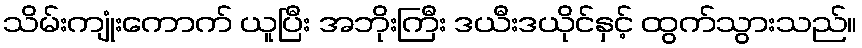
သိမ်းကျုံးကောက် ယူပြီး အဘိုးကြီး ဒယီးဒယိုင်နှင့် ထွက်သွားသည်။